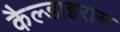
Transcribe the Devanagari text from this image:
कैल्डाइरास